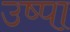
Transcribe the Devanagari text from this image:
उष्पा